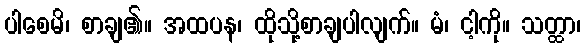
ပါစေမိ၊ စာချ၏။ အထပန၊ ထိုသို့စာချပါလျက်။ မံ၊ ငါ့ကို။ သတ္ထာ၊